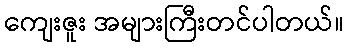
ကျေးဇူး အများကြီးတင်ပါတယ်။